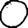
Digit: 0